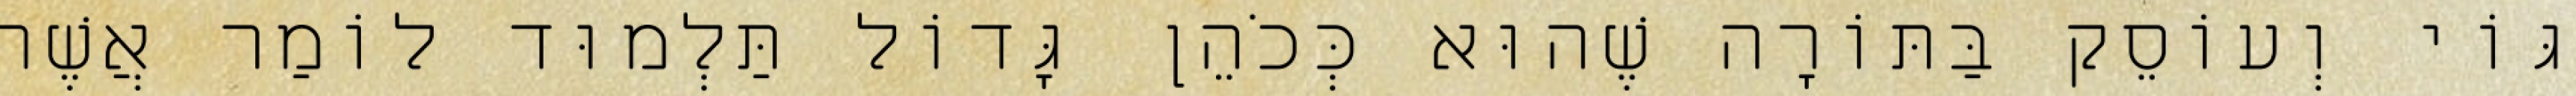
גּוֹי וְעוֹסֵק בַּתּוֹרָה שֶׁהוּא כְּכֹהֵן גָּדוֹל תַּלְמוּד לוֹמַר אֲשֶׁר